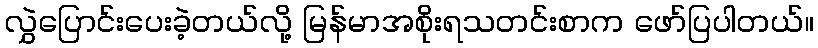
လွှဲပြောင်းပေးခဲ့တယ်လို့ မြန်မာအစိုးရသတင်းစာက ဖော်ပြပါတယ်။